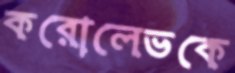
করোলেভকে